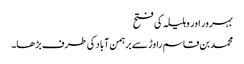
بہرور اور وہلیلہ کی فتح
محمد بن قاسم راوڑ سے برہمن آباد کی طرف بڑھا۔